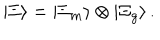
| \Xi \rangle = | \Xi _ { m } \rangle \otimes | \Xi _ { g } \rangle \, .